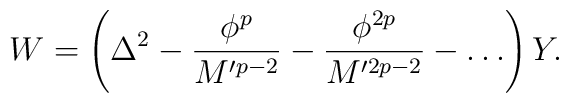
W = \left(\Delta^2 - \frac{\phi^p}{M'^{p-2}}     - \frac{\phi^{2p}}{M'^{2p-2}} - \dots \right)Y.